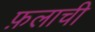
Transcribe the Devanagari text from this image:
फ़लाची